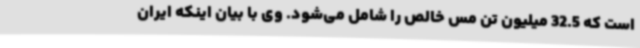
است که 32.5 میلیون تن مس خالص را شامل می‌شود. وی با بیان اینکه ایران